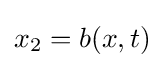
x_{2}=b(x,t)